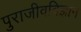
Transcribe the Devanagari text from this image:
पुराजीवविज्ञान